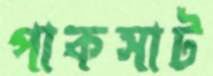
পাকসাট